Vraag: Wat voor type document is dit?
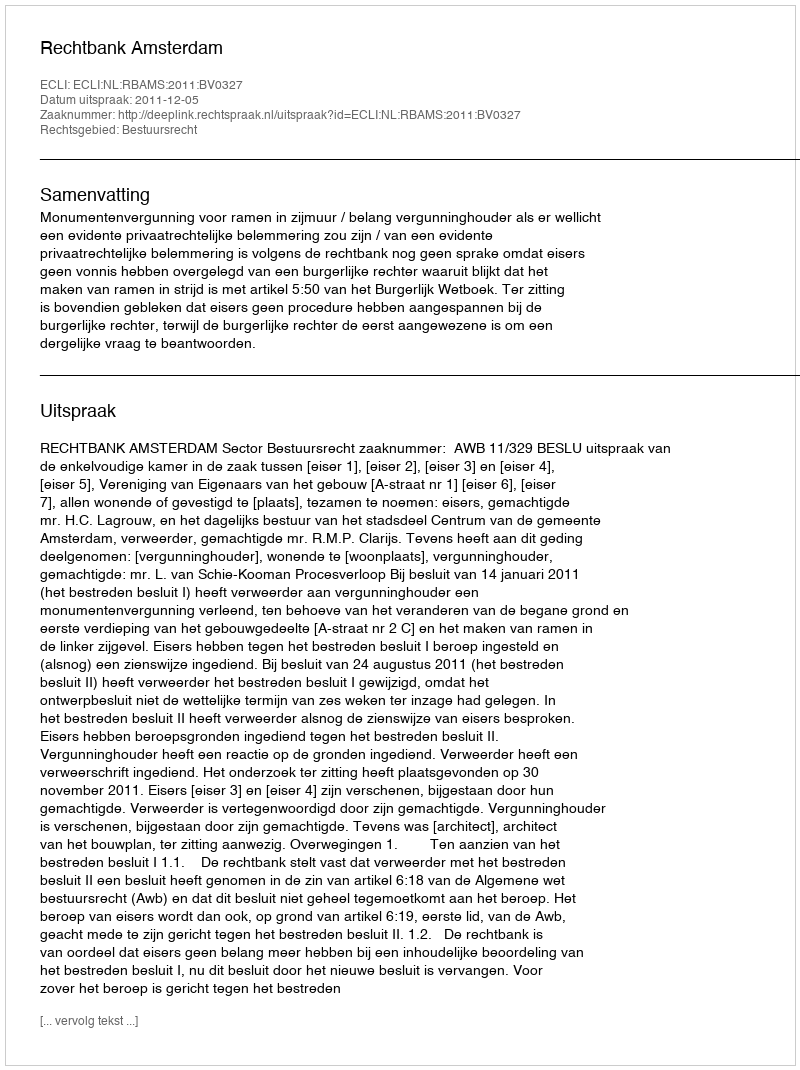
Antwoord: Uitspraak